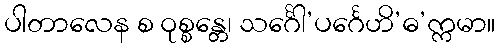
ပါတာလေန စ ဝုစ္စန္တေ၊ သင်္ဂေါ’ပင်္ဂေဟိ’ဓ’က္ကမာ။